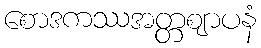
စောဒကဿအတ္တဈာပနံ